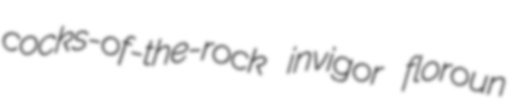
cocks-of-the-rock invigor floroun